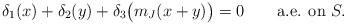
\begin{align*} \delta_1(x)+\delta_2(y)+\delta_3\bigl(m_J(x+y)\bigr) = 0 \qquad\mbox{a.e. on } S.\end{align*}